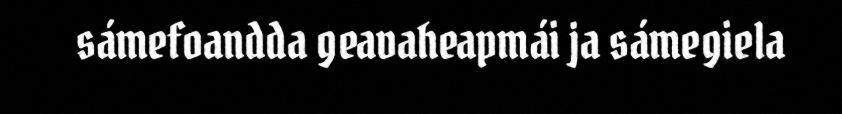
sámefoandda geavaheapmái ja sámegiela